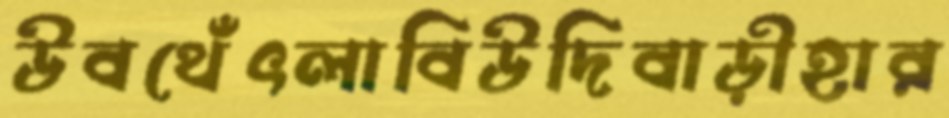
উবথেঁৎলাবিউদিবাড়ীহার